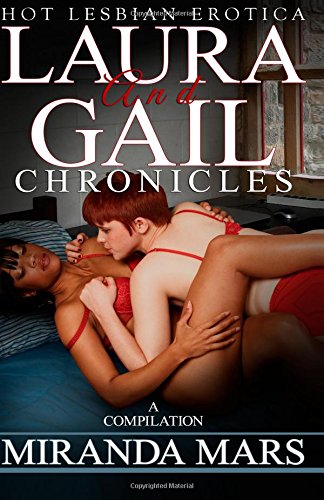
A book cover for Laura and Gail Chronicles: A Compilation; Miranda Mars; Romance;